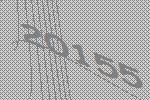
20155